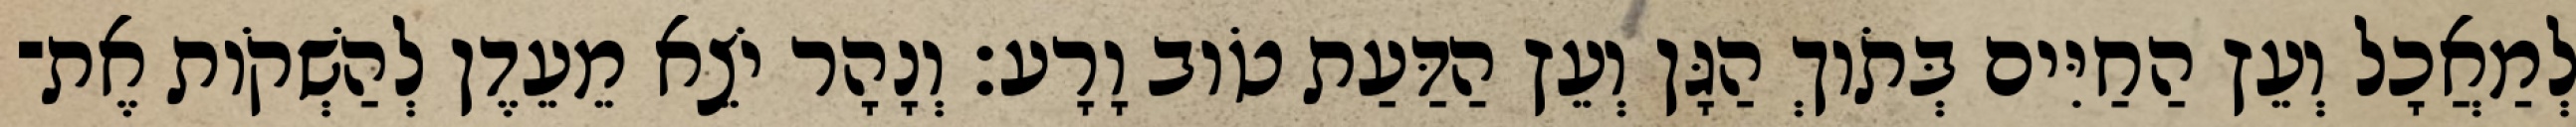
לְמַאֲכָל וְעֵץ הַחַיִּים בְּתֹוךְ הַגָּן וְעֵץ הַדַּעַת טֹוב וָרָע׃ וְנָהָר יֹצֵא מֵעֵדֶן לְהַשְׁקֹות אֶת־